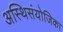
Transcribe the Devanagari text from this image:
अस्थिसंयोजिका